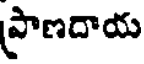
ప్రాణదాయ